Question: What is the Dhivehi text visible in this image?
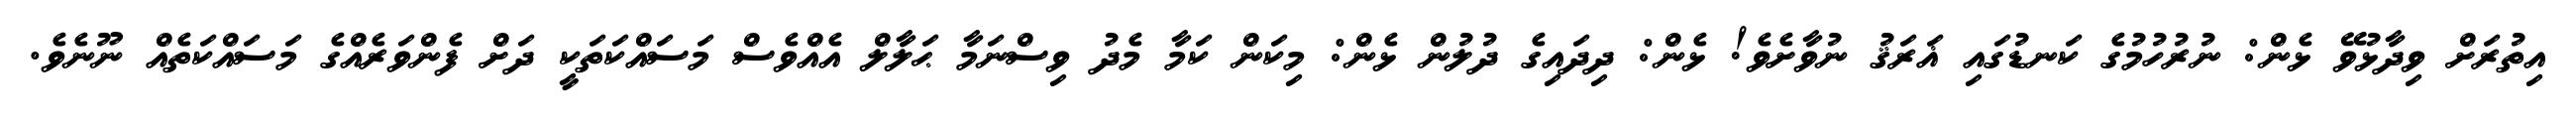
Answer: އިތުރަށް ވިދާޅުވޭ ޅެން: ނުރުހުމުގެ ކަނޑުގައި ޣަރަޤު ނުވާށެވެ! ޅެން: ދިދައިގެ ދުލުން ޅެން: މިކަން ކަމާ މެދު ވިސްނަމާ ޙަލާލް އެއްވެސް މަސައްކަތަކީ ދަށް ފެންވަރެއްގެ މަސައްކަތެއް ނޫނެވެ.